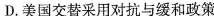
D.美国交替采用对抗与缓和政策